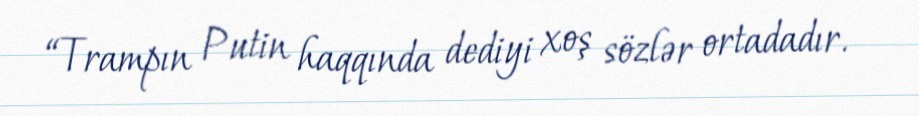
“Trampın Putin haqqında dediyi xoş sözlər ortadadır.